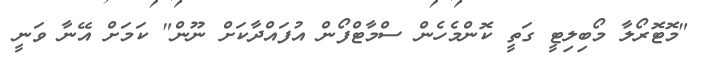
"މޮޓޮރޯލާ މޯބިލިޓީ ގަތީ ކޮންމެހެން ސްމާޓްފޯން އުފައްދާކަށް ނޫން" ކަމަށް އޭނާ ވަނީ